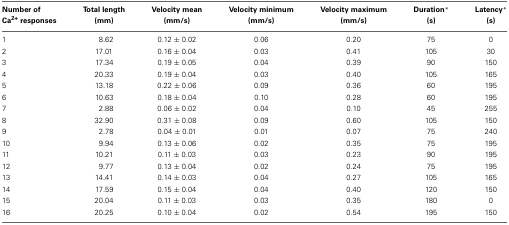
<table><thead><tr><td><b>Number of Ca<sup>2+</sup> responses</b></td><td><b>Total length (mm)</b></td><td><b>Velocity mean (mm/s)</b></td><td><b>Velocity minimum (mm/s)</b></td><td><b>Velocity maximum (mm/s)</b></td><td><b>Duration <sup>*</sup> (s)</b></td><td><b>Latency <sup>*</sup> (s)</b></td></tr></thead><tbody><tr><td>1</td><td>8.62</td><td>0.12 ± 0.02</td><td>0.06</td><td>0.20</td><td>75</td><td>0</td></tr><tr><td>2</td><td>17.01</td><td>0.16 ± 0.04</td><td>0.03</td><td>0.41</td><td>105</td><td>30</td></tr><tr><td>3</td><td>17.34</td><td>0.19 ± 0.05</td><td>0.04</td><td>0.39</td><td>90</td><td>150</td></tr><tr><td>4</td><td>20.33</td><td>0.19 ± 0.04</td><td>0.03</td><td>0.40</td><td>105</td><td>165</td></tr><tr><td>5</td><td>13.18</td><td>0.22 ± 0.06</td><td>0.09</td><td>0.36</td><td>60</td><td>195</td></tr><tr><td>6</td><td>10.63</td><td>0.18 ± 0.04</td><td>0.10</td><td>0.28</td><td>60</td><td>195</td></tr><tr><td>7</td><td>2.88</td><td>0.06 ± 0.02</td><td>0.04</td><td>0.10</td><td>45</td><td>255</td></tr><tr><td>8</td><td>32.90</td><td>0.31 ± 0.08</td><td>0.09</td><td>0.60</td><td>105</td><td>150</td></tr><tr><td>9</td><td>2.78</td><td>0.04 ± 0.01</td><td>0.01</td><td>0.07</td><td>75</td><td>240</td></tr><tr><td>10</td><td>9.94</td><td>0.13 ± 0.06</td><td>0.02</td><td>0.35</td><td>75</td><td>195</td></tr><tr><td>11</td><td>10.21</td><td>0.11 ± 0.03</td><td>0.03</td><td>0.23</td><td>90</td><td>195</td></tr><tr><td>12</td><td>9.77</td><td>0.13 ± 0.04</td><td>0.02</td><td>0.24</td><td>75</td><td>195</td></tr><tr><td>13</td><td>14.41</td><td>0.14 ± 0.03</td><td>0.04</td><td>0.27</td><td>105</td><td>165</td></tr><tr><td>14</td><td>17.59</td><td>0.15 ± 0.04</td><td>0.04</td><td>0.40</td><td>120</td><td>150</td></tr><tr><td>15</td><td>20.04</td><td>0.11 ± 0.03</td><td>0.03</td><td>0.35</td><td>180</td><td>0</td></tr><tr><td>16</td><td>20.25</td><td>0.10 ± 0.04</td><td>0.02</td><td>0.54</td><td>195</td><td>150</td></tr></tbody></table>